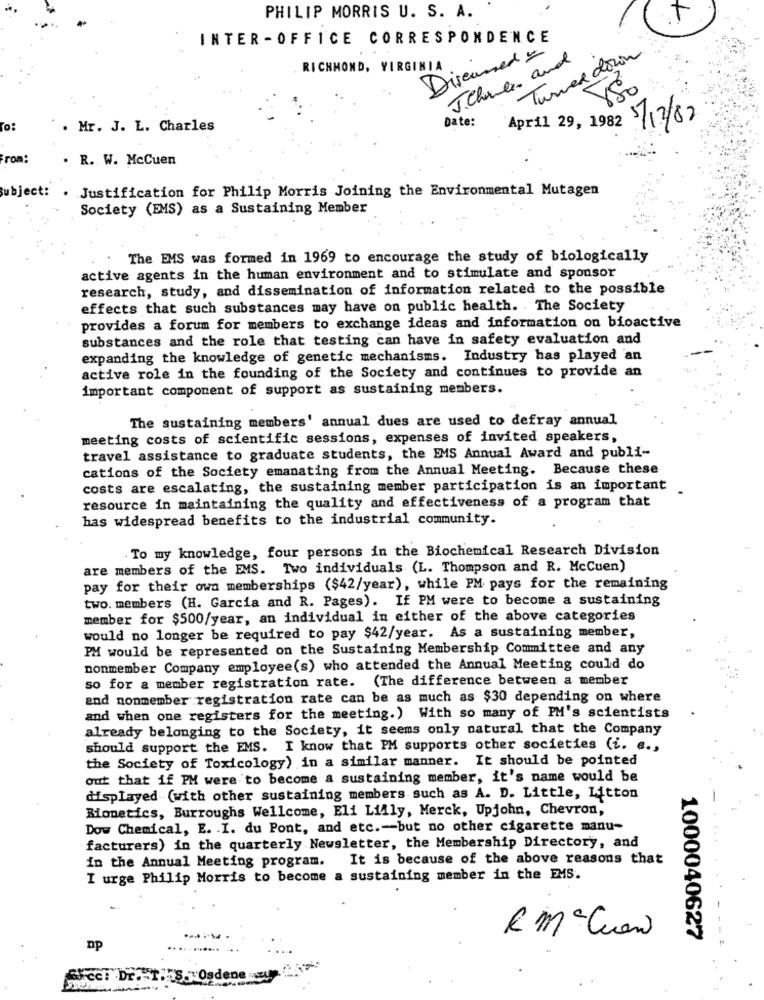
PHILIP MORRIS U. S. A.
INTER -OFFICE CORRESPONDENCE
Discussed =
J.Charles and
Turned down
RICHMOND, VIRGINIA
Date:
April 29, 1982 5/12/82
. Mr. J. L. Charles
rom:
. R. W. McCuen
ject:
Justification for Philip Morris Joining the Environmental Mutagen
Society (EMS) as a Sustaining Member
The EMS was formed in 1969 to encourage the study of biologically
active agents in the human environment and to stimulate and sponsor
research, study, and dissemination of information related to the possible
effects that such substances may have on public health. The Society
provides a forum for members to exchange ideas and information on bioactive
substances and the role that testing can have in safety evaluation and
expanding the knowledge of genetic mechanisms. Industry has played an
active role in the founding of the Society and continues to provide an
important component of support as sustaining members.
The sustaining members' annual dues are used to defray annual
meeting costs of scientific sessions, expenses of invited speakers,
travel assistance to graduate students, the EMS Annual Award and publi-
cations of the Society emanating from the Annual Meeting. Because these
costs are escalating, the sustaining member participation is an important
resource in maintaining the quality and effectiveness of a program that
has widespread benefits to the industrial community.
To my knowledge, four persons in the Biochemical Research Division
are members of the EMS. Two individuals (L. Thompson and R. McCuen)
pay for their own memberships ($42/year), while PM pays for the remaining
two. members (H. Garcia and R. Pages). If PM were to become a sustaining
member for $500/year, an individual in either of the above categories
would no longer be required to pay $42/year. As a sustaining member,
PM would be represented on the Sustaining Membership Committee and any
nonmember Company employee(s) who attended the Annual Meeting could do
so for a member registration rate. (The difference between a member
and nonmember registration rate can be as much as $30 depending on where
and when one registers for the meeting.) With so many of PM's scientists
already belonging to the Society, it seems only natural that the Company
should support the EMS. I know that PM supports other societies (i. e .,
the Society of Toxicology) in a similar manner. It should be pointed
out that if PM were to become a sustaining member, it's name would be
displayed (with other sustaining members such as A. D. Little, Litton
Bionetics, Burroughs Wellcome, Eli Lilly, Merck, Upjohn, Chevron,
Dow Chemical, E. . I. du Pont, and etc .-- but no other cigarette manu-
facturers) in the quarterly Newsletter, the Membership Directory, and
It is because of the above reasons that
in the Annual Meeting program.
I urge Philip Morris to become a sustaining member in the EMS.
RM Cuen
1000040627
GFcci Dr. I. S. Osdene